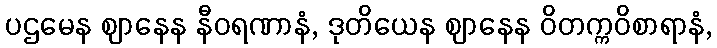
ပဌမေန ဈာနေန နီဝရဏာနံ, ဒုတိယေန ဈာနေန ဝိတက္ကဝိစာရာနံ,